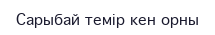
Сарыбай темір кен орны